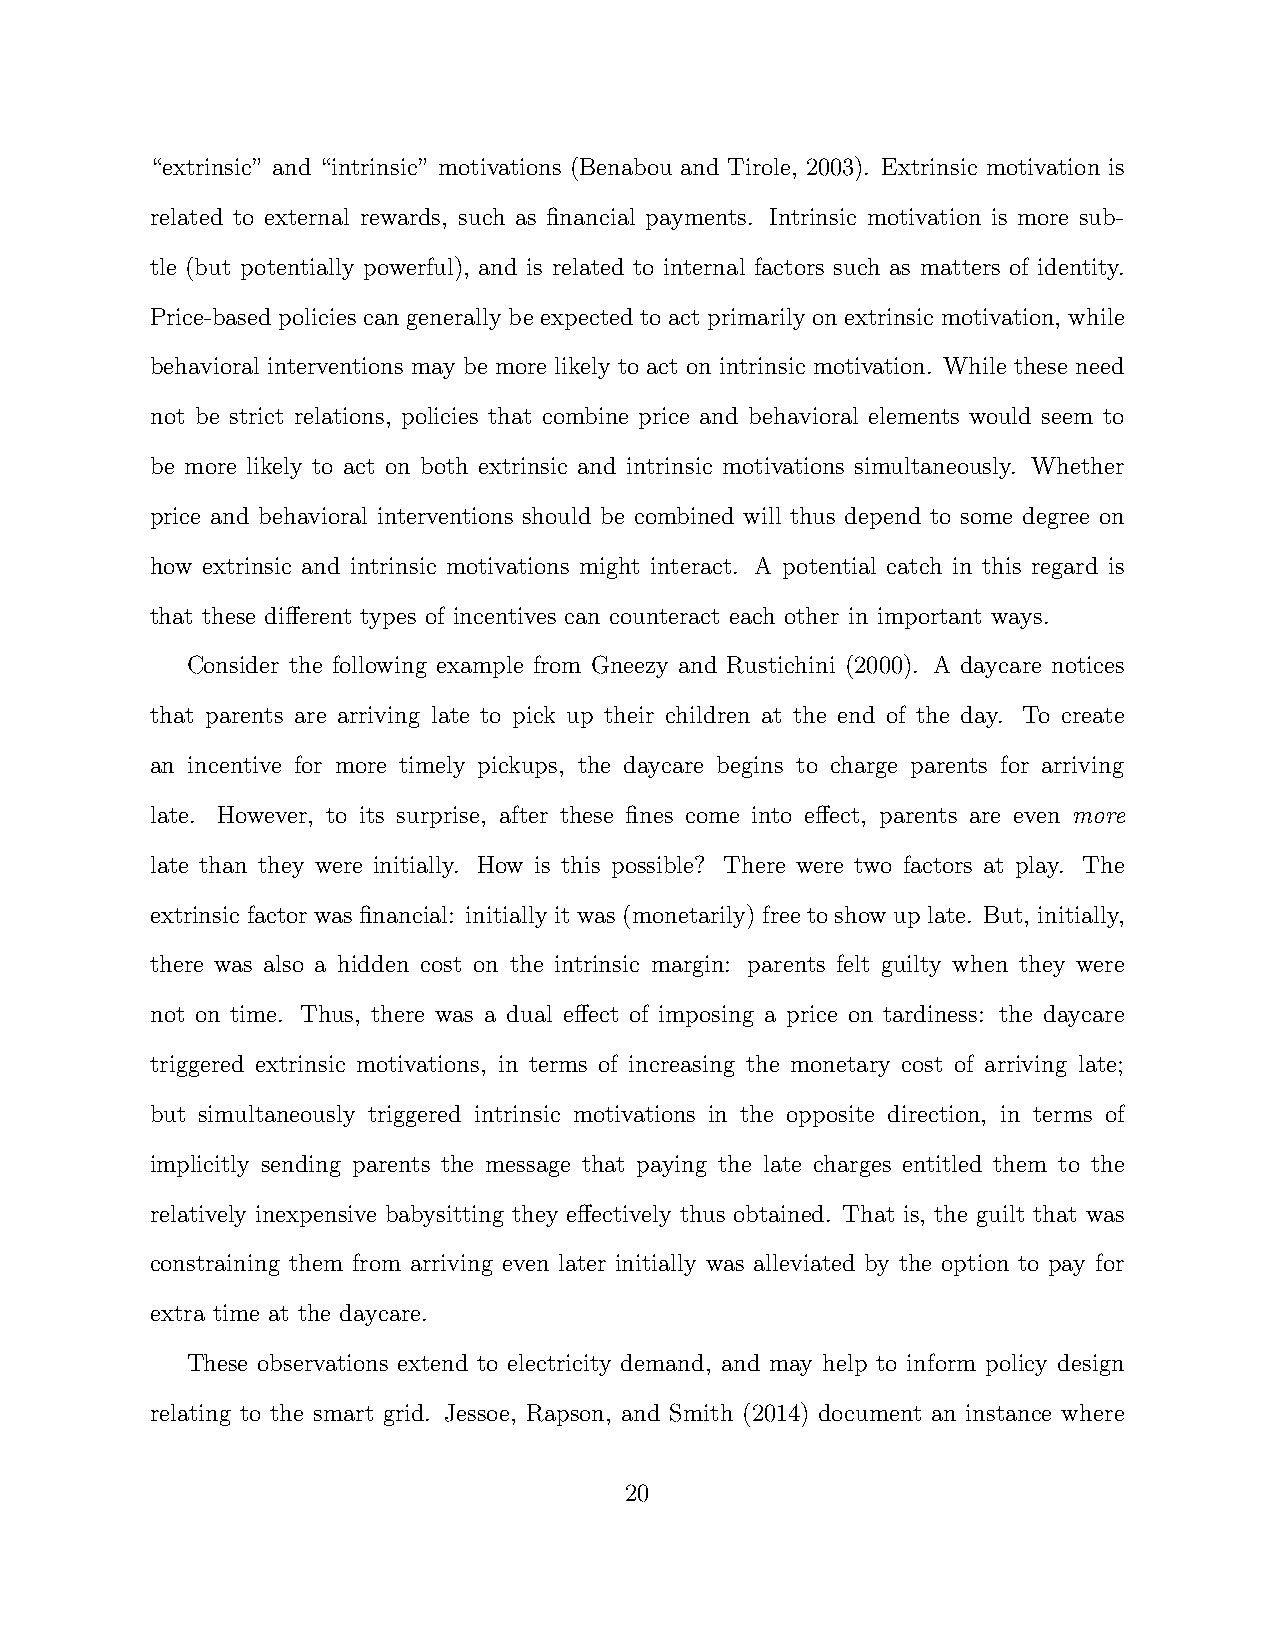
“extrinsic” and “intrinsic” motivations (Benabou and Tirole, 2003). Extrinsic motivation is
 related to external rewards, such as financial payments. Intrinsic motivation is more sub-
 tle (but potentially powerful), and is related to internal factors such as matters of identity.
 Price-based policies can generally be expected to act primarily on extrinsic motivation, while
 behavioral interventions may be more likely to act on intrinsic motivation. While these need
 not be strict relations, policies that combine price and behavioral elements would seem to
 be more likely to act on both extrinsic and intrinsic motivations simultaneously. Whether
 price and behavioral interventions should be combined will thus depend to some degree on
 how extrinsic and intrinsic motivations might interact. A potential catch in this regard is
 that these different types of incentives can counteract each other in important ways.
 Consider the following example from Gneezy and Rustichini (2000). A daycare notices
 that parents are arriving late to pick up their children at the end of the day. To create
 an incentive for more timely pickups, the daycare begins to charge parents for arriving
 late. However, to its surprise, after these fines come into effect, parents are even more
 late than they were initially. How is this possible? There were two factors at play. The
 extrinsic factor was financial: initially it was (monetarily) free to show up late. But, initially,
 there was also a hidden cost on the intrinsic margin: parents felt guilty when they were
 not on time. Thus, there was a dual effect of imposing a price on tardiness: the daycare
 triggered extrinsic motivations, in terms of increasing the monetary cost of arriving late;
 but simultaneously triggered intrinsic motivations in the opposite direction, in terms of
 implicitly sending parents the message that paying the late charges entitled them to the
 relatively inexpensive babysitting they effectively thus obtained. That is, the guilt that was
 constraining them from arriving even later initially was alleviated by the option to pay for
 extra time at the daycare.
 These observations extend to electricity demand, and may help to inform policy design
 relating to the smart grid. Jessoe, Rapson, and Smith (2014) document an instance where
 20